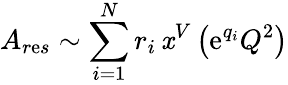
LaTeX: A_{r\mathrm{e}s}\sim\sum_{i=1}^{N}r_{i}\, \mathit{x}^{V}\left(\mathrm{e}^{q_{i}}Q^{2}\right)